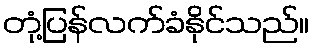
တုံ့ပြန်လက်ခံနိုင်သည်။